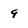
Character: 9